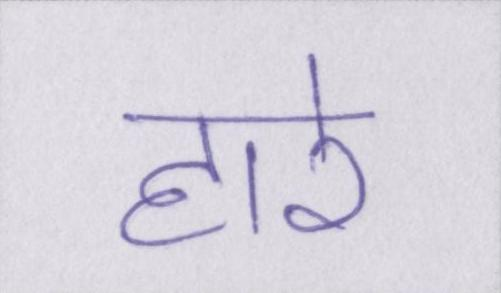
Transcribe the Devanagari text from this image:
हारे